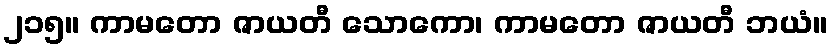
၂၁၅။ ကာမတော ဇာယတီ သောကော၊ ကာမတော ဇာယတီ ဘယံ။